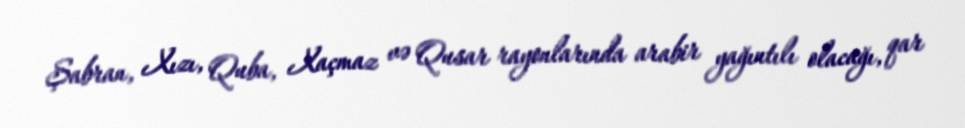
Şabran, Xızı, Quba, Xaçmaz və Qusar rayonlarında arabir yağıntılı olacağı, qar